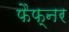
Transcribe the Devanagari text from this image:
फैफ्नर